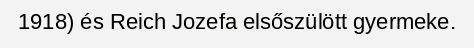
1918) és Reich Jozefa elsőszülött gyermeke.